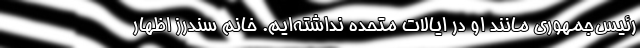
رئیس‌جمهوری مانند او در ایالات متحده نداشته‌ایم. خانم سندرز اظهار